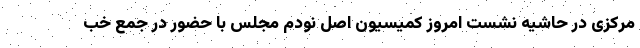
مرکزی در حاشیه نشست امروز کمیسیون اصل نودم مجلس با حضور در جمع خب